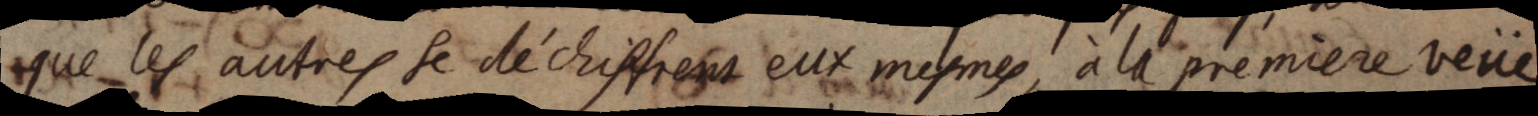
que les autres se déchiffrent eux mesmes, à la premiere veüe